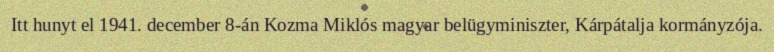
Itt hunyt el 1941. december 8-án Kozma Miklós magyar belügyminiszter, Kárpátalja kormányzója.